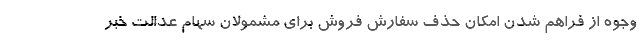
وجوه از فراهم شدن امکان حذف سفارش فروش برای مشمولان سهام عدالت خبر